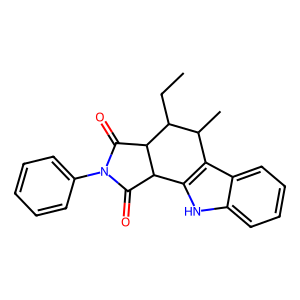
SMILES: CCC1C(C)c2c([nH]c3ccccc23)C2C(=O)N(c3ccccc3)C(=O)C21
Inhibits HIV replication: No